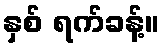
နှစ် ရက်ခန့်။